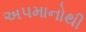
અપમાનોથી